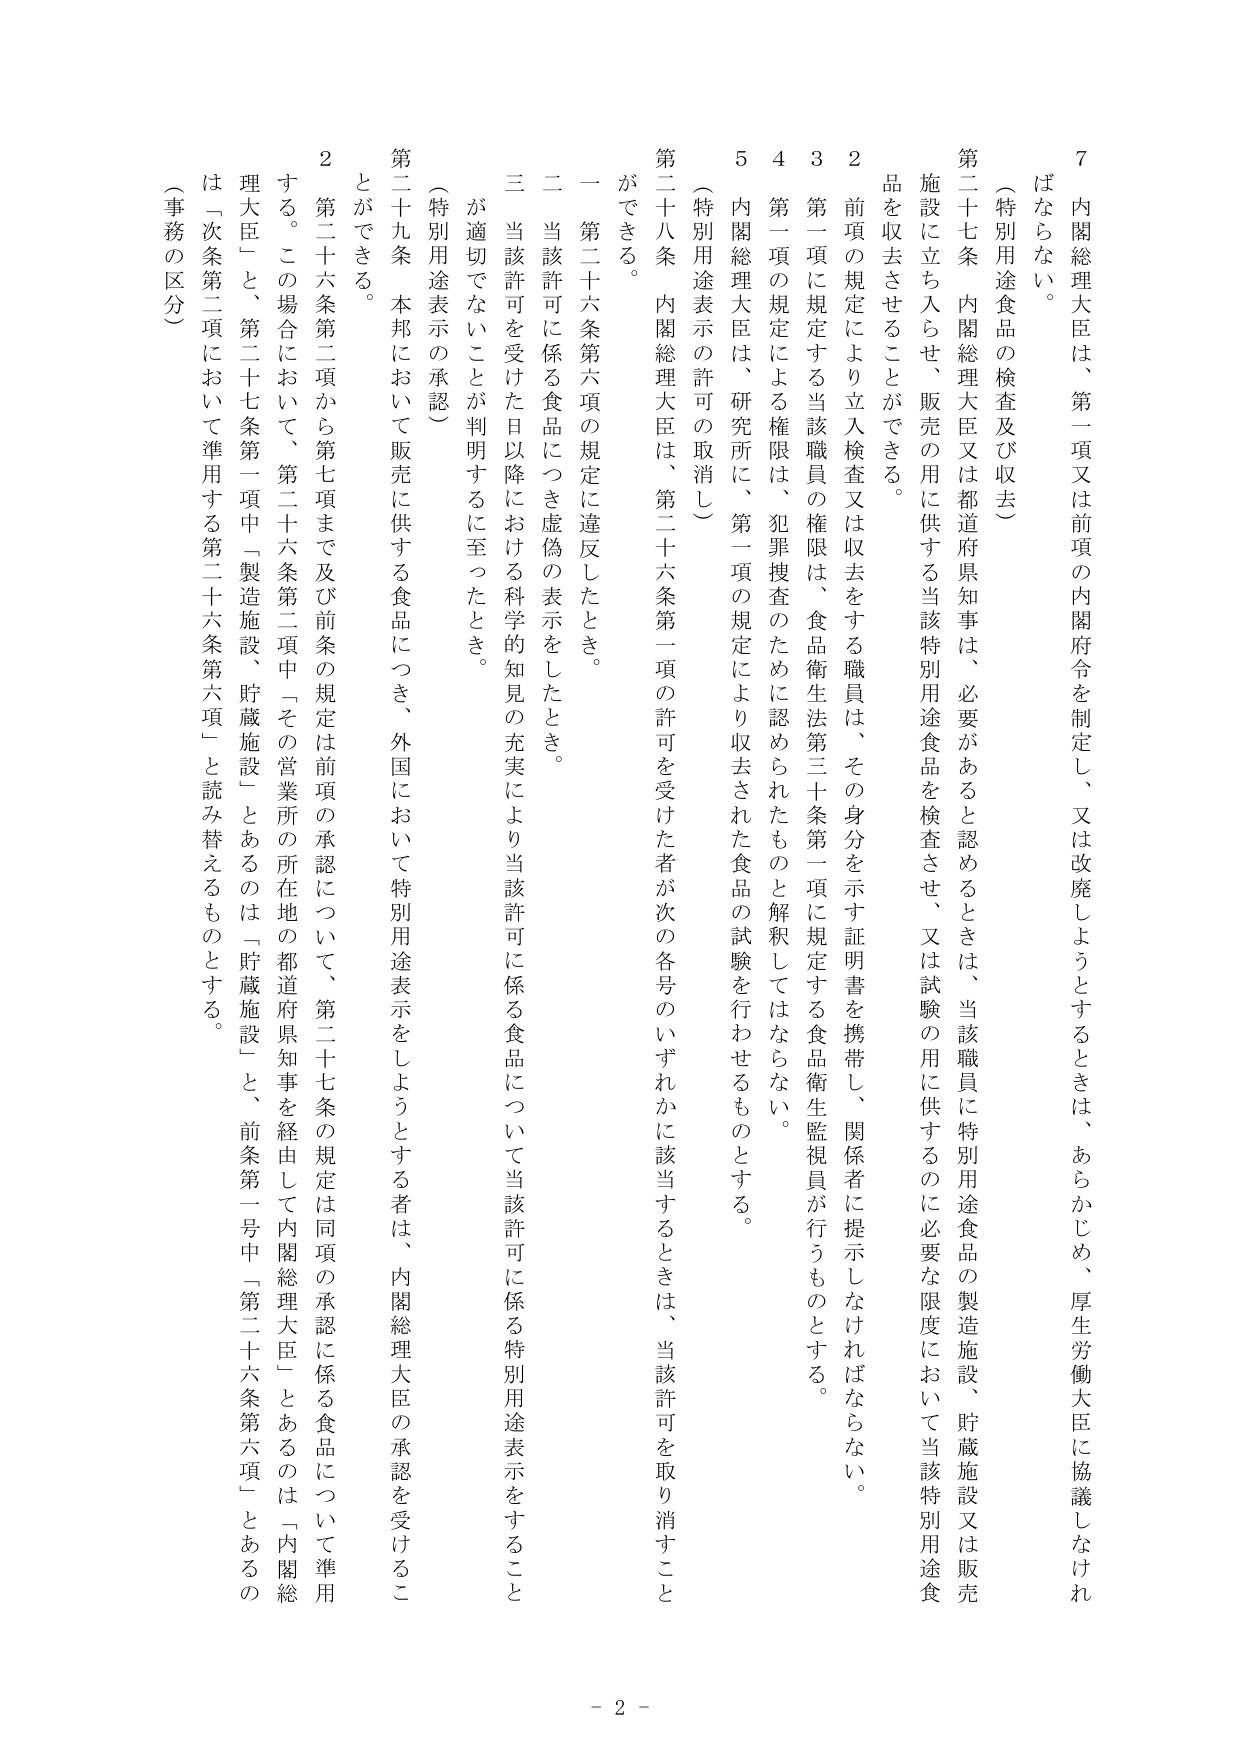
7 内閣総理大臣は、第一項又は前項の内閣府令を制定し、又は改廃しようとするときは、あらかじめ、厚生労働大臣に協議しなければならない。

（特別用途食品の検査及び収去）

第二十七条 内閣総理大臣又は都道府県知事は、必要があると認めるときは、当該職員に特別用途食品の製造施設、貯蔵施設又は販売施設に立ち入らせ、販売の用に供する当該特別用途食品を検査させ、又は試験の用に供するのに必要な限度において当該特別用途食品を収去させることができる。

2 前項の規定により立入検査又は収去をする職員は、その身分を示す証明書を携帯し、関係者に提示しなければならない。

3 第一項に規定する当該職員の権限は、食品衛生法第三十条第一項に規定する食品衛生監視員が行うものとする。

4 第一項の規定による権限は、犯罪捜査のために認められたものと解釈してはならない。

5 内閣総理大臣は、研究所に、第一項の規定により収去された食品の試験を行わせるものとする。

（特別用途表示の許可の取消し）

第二十八条 内閣総理大臣は、第二十六条第一項の許可を受けた者が次の各号のいずれかに該当するときは、当該許可を取り消すことができる。

一 第二十六条第六項の規定に違反したとき。

二 当該許可に係る食品につき虚偽の表示をしたとき。

三 当該許可を受けた日以降における科学的知見の充実により当該許可に係る食品について当該許可に係る特別用途表示をすることが適切でないことが判明するに至ったとき。

（特別用途表示の承認）

第二十九条 本邦において販売に供する食品につき、外国において特別用途表示をしようとする者は、内閣総理大臣の承認を受けることができる。

2 第二十六条第二項から第七項まで及び前条の規定は前項の承認について、第二十七条の規定は同項の承認に係る食品について準用する。この場合において、第二十六条第二項中「その営業所の所在地の都道府県知事を経由して内閣総理大臣」とあるのは「内閣総理大臣」と、第二十七条第一項中「製造施設、貯蔵施設」とあるのは「貯蔵施設」と、前条第一号中「第二十六条第六項」とあるのは「第二十六条第六項」と読み替えるものとする。

（事務の区分）

- 2 -